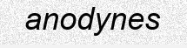
anodynes